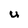
Character: U